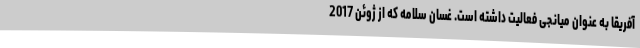
آفریقا به عنوان میانجی فعالیت داشته است. غسان سلامه که از ژوئن 2017